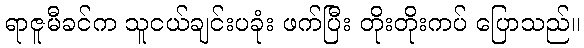
ရာဇူမီခင်က သူငယ်ချင်းပခုံး ဖက်ပြီး တိုးတိုးကပ် ပြောသည်။